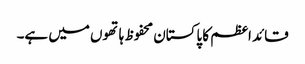
قائد اعظم کا پاکستان محفوظ ہاتھوں میں ہے۔